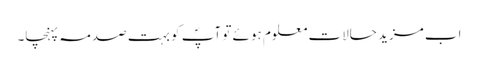
اب مزید حالات معلوم ہوئے تو آپؐ کو بہت صدمہ پہنچا۔